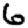
Digit: 6